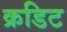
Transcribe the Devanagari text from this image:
क्रडिट